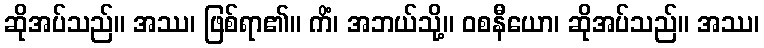
ဆိုအပ်သည်။ အဿ၊ ဖြစ်ရာ၏။ ကိံ၊ အဘယ်သို့။ ဝစနီယော၊ ဆိုအပ်သည်။ အဿ၊